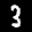
Label: 3